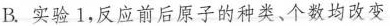
B.实验1，反应前后原子的种类、个数均改变